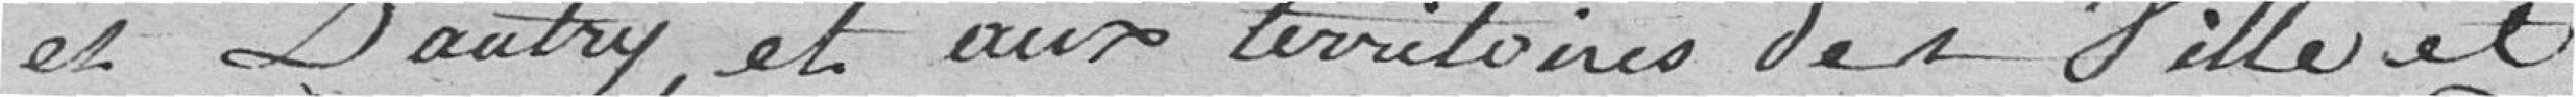
et D'autry et aux territoires des villes et